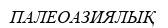
ПАЛЕОАЗИЯЛЫҚ